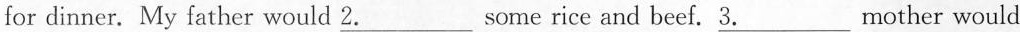
for dinner. My father would \underline{2.}Some rice and beef.\underline{3.}mother would